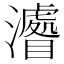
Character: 𤃔